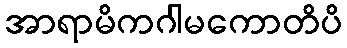
အာရာမိကဂါမကောတိပိ